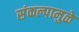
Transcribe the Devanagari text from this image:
संकल्पामुळे